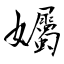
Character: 孎